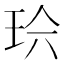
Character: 𱮹